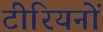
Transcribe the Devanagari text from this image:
टीरियनों